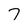
Character: 7